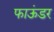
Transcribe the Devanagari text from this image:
फाऊंडर